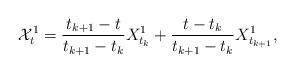
LaTeX: \begin{align*}\mathcal{X}^{1}_t=\frac{t_{k+1}-t}{t_{k+1}-t_k}{X}^{1}_{t_k}+\frac{t-t_k}{t_{k+1}-t_k}{X}^{1}_{t_{k+1}},\end{align*}